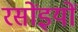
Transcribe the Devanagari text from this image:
रसोंइयों